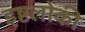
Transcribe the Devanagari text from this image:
इष्टलोकी